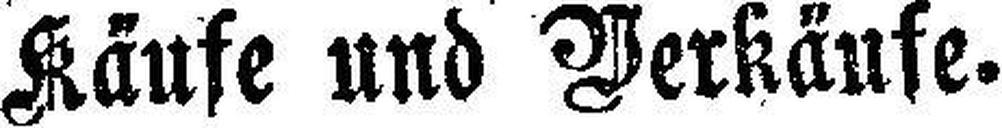
Käufe und Verkäufe.